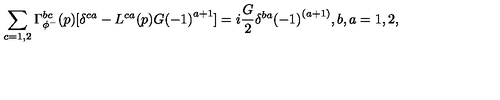
\sum _ { c = 1 , 2 } \Gamma _ { \phi ^ { - } } ^ { b c } ( p ) [ \delta ^ { c a } - L ^ { c a } ( p ) G { ( - 1 ) } ^ { a + 1 } ] = i \frac { G } { 2 } \delta ^ { b a } { ( - 1 ) } ^ { ( a + 1 ) } , b , a = 1 , 2 ,